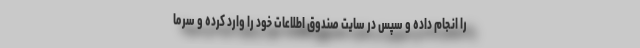
را انجام داده و سپس در سایت صندوق اطلاعات خود را وارد کرده و سرما